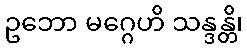
ဥဘော မဂ္ဂေဟိ သန္ဒန္တိ၊